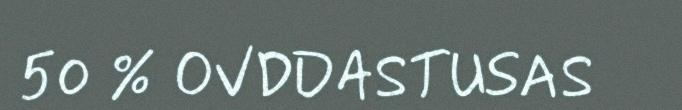
50 % OVDDASTUSAS